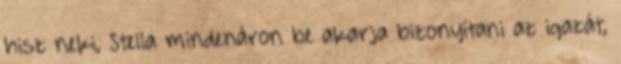
hisz neki, Stella mindenáron be akarja bizonyítani az igazát,